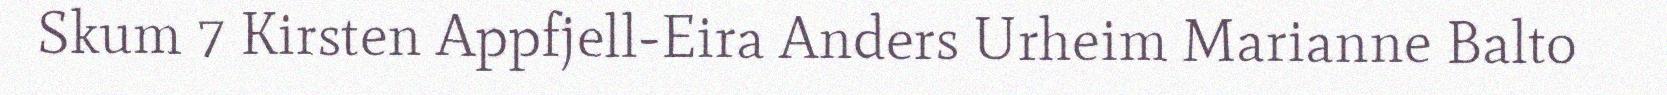
Skum 7 Kirsten Appfjell-Eira Anders Urheim Marianne Balto